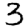
Digit: 3